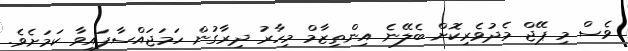
ވެސް މި ޕޭޖް މެދުވެރިކޮށް ބެލޭނެ އިންތިޒާމް މިހާރު ދިރާގުން ހަމަޖައްސާފައިވާ ކަމަށެވެ.